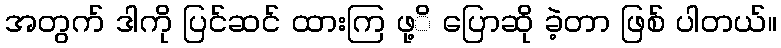
အတွက် ဒါကို ပြင်ဆင် ထားကြ ဖု့ိ ပြောဆို ခဲ့တာ ဖြစ် ပါတယ်။